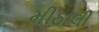
મીઠાલી